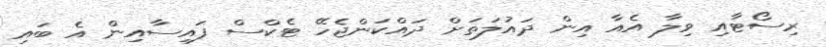
ރިސޯޓާއި ވިލާ އެއާ އިން ދައުލަތަށް ދައްކަންޖެހޭ ޓެކްސް ފައިސާއިން އެ ބައި